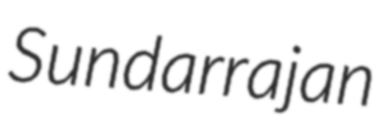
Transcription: Sundarrajan